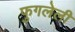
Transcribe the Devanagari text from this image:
फुगलेली